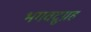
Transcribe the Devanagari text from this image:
भगवद्नुग्रह